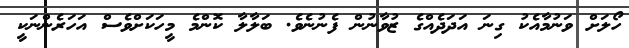
ހޯލަށް ވަނުމާއެކު ގިނަ އަދަދެއްގެ ޒުވާނުން ފެނުނެވެ. ބަލާލާ ކޮންމެ މީހަކަށްވެސް އަހަރެންނަކީ